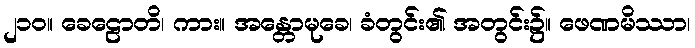
၂၁၀။ ခေဠောတိ၊ ကား။ အန္တောမုခေ၊ ခံတွင်း၏ အတွင်း၌။ ဖေဏမိဿာ၊